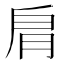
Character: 𦙪